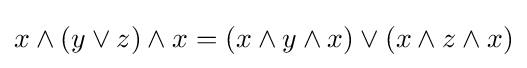
x\wedge (y\vee z)\wedge x=(x\wedge y\wedge x)\vee (x\wedge z\wedge x)